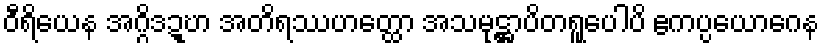
ဝီရိယေန အဂ္ဂိဒဍ္ဎာ အတိရဿဟတ္ထော အသမုဋ္ဌာပိတရူပေါပိ ဧကပ္ပယောဂေန